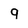
Character: q